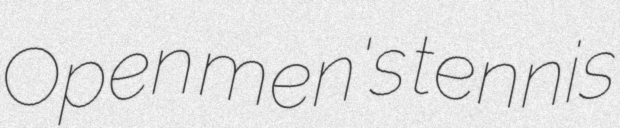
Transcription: Open men's tennis